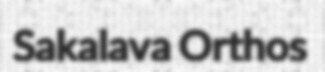
Sakalava Orthos